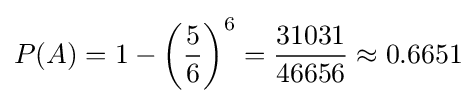
P(A)=1-\left({\frac {5}{6}}\right)^{6}={\frac {31031}{46656}}\approx 0.6651